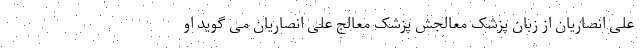
علی انصاریان از زبان پزشک معالجش پزشک معالج علی انصاریان می گوید او